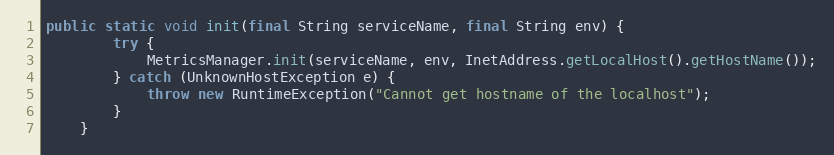
Language: Java
public static void init(final String serviceName, final String env) {
        try {
            MetricsManager.init(serviceName, env, InetAddress.getLocalHost().getHostName());
        } catch (UnknownHostException e) {
            throw new RuntimeException("Cannot get hostname of the localhost");
        }
    }